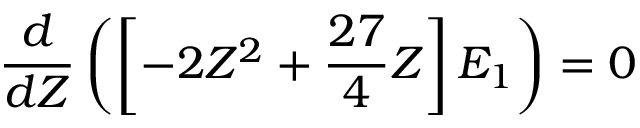
{ \frac { d } { d Z } } \left( \left[ - 2 Z ^ { 2 } + { \frac { 2 7 } { 4 } } Z \right] E _ { 1 } \right) = 0